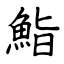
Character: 鮨